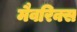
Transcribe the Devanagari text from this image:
मैवरिक्स